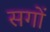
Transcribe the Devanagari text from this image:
सगों